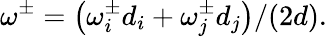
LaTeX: \omega^{\pm}=\left(\omega_{i}^{\pm}d_{i}+\omega_{j}^{\pm}d_{j}\right)/(2d).